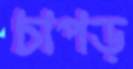
চাপড়